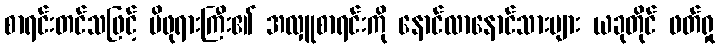
စာရင်းတင်သဖြင့် မိဖုရားကြီး၏ အလှူစာရင်းကို နောင်လာနောင်သားများ ယခုတိုင် ဖတ်ရှု